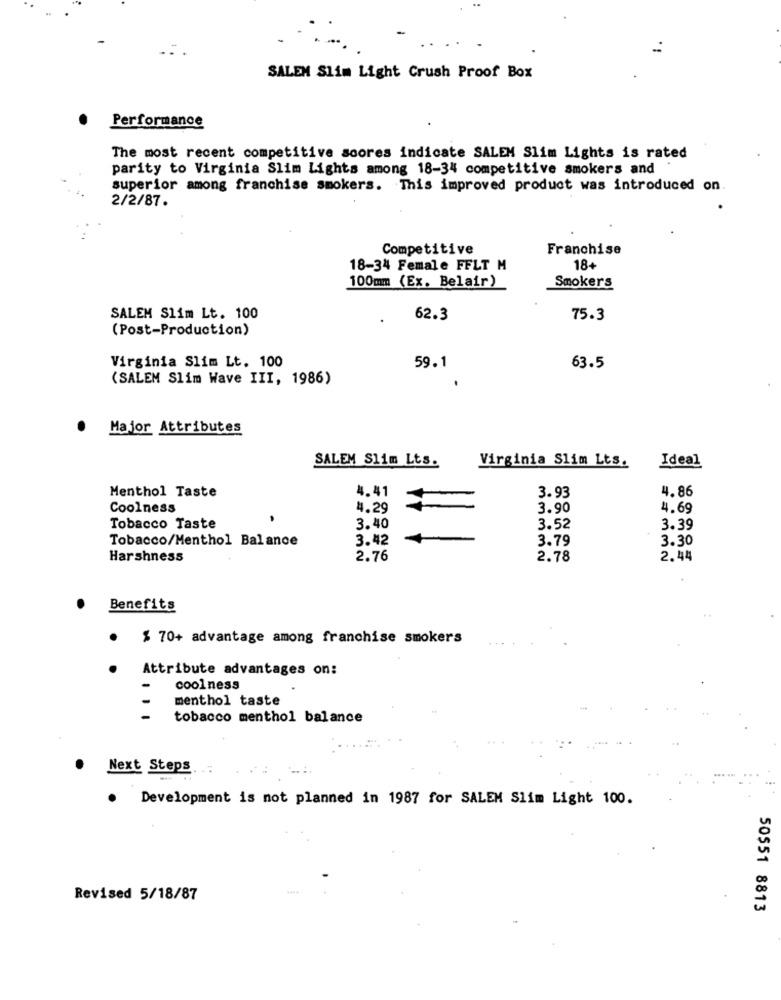
SALEM Slim Light Crush Proof Box
Performance
The most recent competitive scores indicate SALEM Slim Lights is rated
parity to Virginia Slim Lights among 18-34 competitive smokers and
superior among franchise smokers. This improved product was introduced on.
2/2/87.
Competitive
Franchise
18-34 Female FFLT M
18+
100mm (Ex. Belair)
Smokers
SALEM Slim Lt. 100
62.3
75.3
(Post-Production)
Virginia Slim Lt. 100
59.1
63.5
(SALEM Slim Wave III, 1986)
Major Attributes
SALEM Slim Lts.
Virginia Slim Lts.
Ideal
Menthol Taste
4.41
4.86
3.93
Coolness
4.29
3.90
4.69
Tobacco Taste
3.40
3.52
3.39
Tobacco/Menthol Balance
3.42
3.79
3.30
Harshness
2.76
2.78
2.44
Benefits
$ 70+ advantage among franchise smokers
Attribute advantages on:
-
coolness
menthol taste
-
tobacco menthol balance
Next Steps
.
Development is not planned in 1987 for SALEM Slim Light 100.
Revised 5/18/87
50551 8813